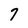
Character: 7